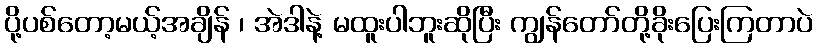
ပို့ပစ်တော့မယ့်အချိန် ၊ အဲဒါနဲ့ မထူးပါဘူးဆိုပြီး ကျွန်တော်တို့ခိုးပြေးကြတာပဲ